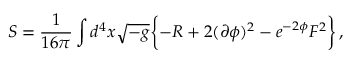
S = \frac { 1 } { 1 6 \pi } \int d ^ { 4 } x \sqrt { - g } \biggl \{ - R + 2 ( \partial \phi ) ^ { 2 } - e ^ { - 2 \phi } F ^ { 2 } \biggr \} \, ,